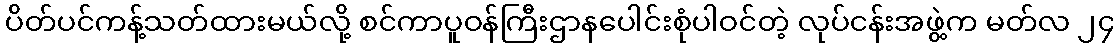
ပိတ်ပင်ကန့်သတ်ထားမယ်လို့ စင်ကာပူဝန်ကြီးဌာနပေါင်းစုံပါဝင်တဲ့ လုပ်ငန်းအဖွဲ့က မတ်လ ၂၄